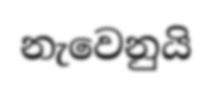
නැවෙනුයි